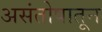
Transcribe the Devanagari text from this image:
असंतोषातून